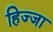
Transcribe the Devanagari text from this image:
हिज्जा